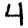
Digit: 4